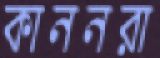
কাননরা